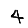
Digit: 4